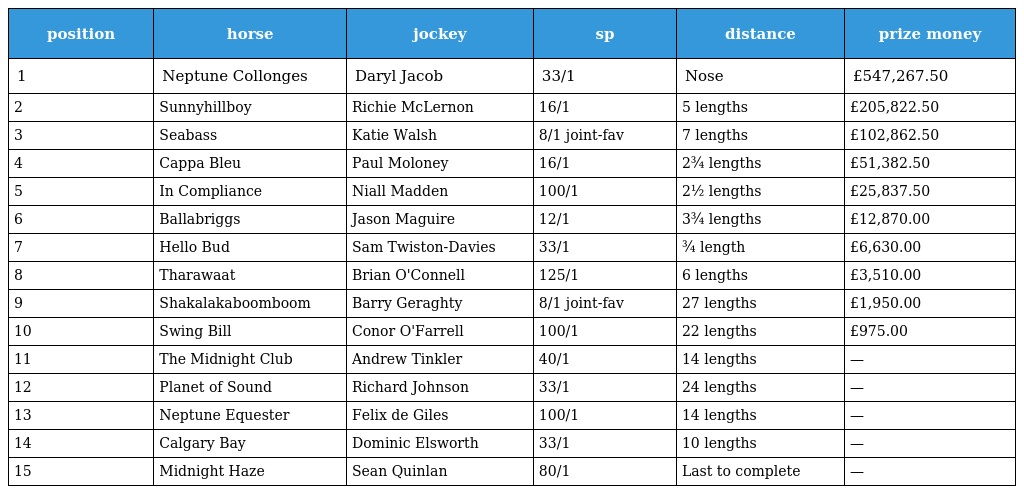
| position | horse | jockey | sp | distance | prize money |
 | --- | --- | --- | --- | --- | --- |
 | 1 | Neptune Collonges | Daryl Jacob | 33/1 | Nose | £547,267.50 |
 | 2 | Sunnyhillboy | Richie McLernon | 16/1 | 5 lengths | £205,822.50 |
 | 3 | Seabass | Katie Walsh | 8/1 joint-fav | 7 lengths | £102,862.50 |
 | 4 | Cappa Bleu | Paul Moloney | 16/1 | 2¾ lengths | £51,382.50 |
 | 5 | In Compliance | Niall Madden | 100/1 | 2½ lengths | £25,837.50 |
 | 6 | Ballabriggs | Jason Maguire | 12/1 | 3¾ lengths | £12,870.00 |
 | 7 | Hello Bud | Sam Twiston-Davies | 33/1 | ¾ length | £6,630.00 |
 | 8 | Tharawaat | Brian O'Connell | 125/1 | 6 lengths | £3,510.00 |
 | 9 | Shakalakaboomboom | Barry Geraghty | 8/1 joint-fav | 27 lengths | £1,950.00 |
 | 10 | Swing Bill | Conor O'Farrell | 100/1 | 22 lengths | £975.00 |
 | 11 | The Midnight Club | Andrew Tinkler | 40/1 | 14 lengths | — |
 | 12 | Planet of Sound | Richard Johnson | 33/1 | 24 lengths | — |
 | 13 | Neptune Equester | Felix de Giles | 100/1 | 14 lengths | — |
 | 14 | Calgary Bay | Dominic Elsworth | 33/1 | 10 lengths | — |
 | 15 | Midnight Haze | Sean Quinlan | 80/1 | Last to complete | — |